Applicability to medico-legal practice in India of the biochemical tests for the origin of blood-stains - Number 39
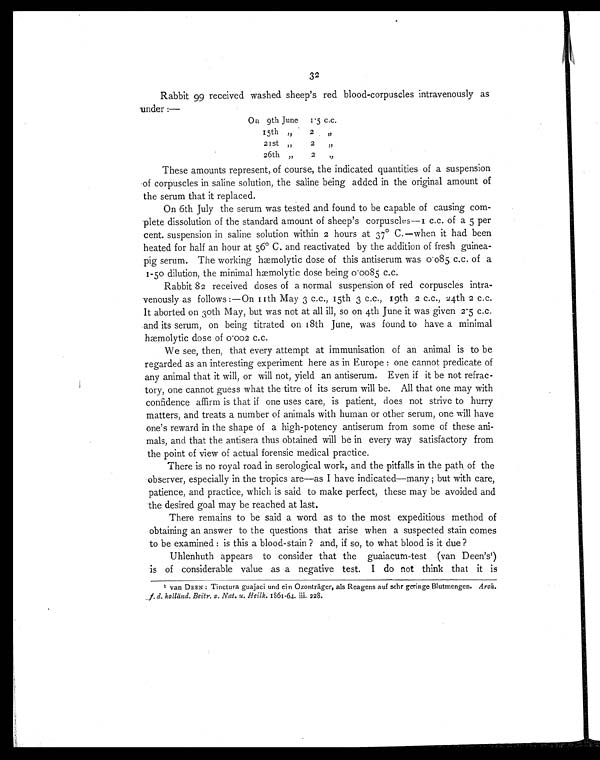
32
Rabbit 99 received washed sheep's red blood-corpuscles intravenously as
under :—
On 9th June
1.5 c.c.
15th " 2 "
21st "
2 "
26th "
2 "
These amounts represent, of course, the indicated quantities of a suspension
of corpuscles in saline solution, the saline being added in the original amount of
the serum that it replaced.
On 6th July the serum was tested and found to be capable of causing com-
plete dissolution of the standard amount of sheep's corpuscles—1 c.c. of a 5 per
cent. suspension in saline solution within 2 hours at 37° C.—when it had been
heated for half an hour at 56° C. and reactivated by the addition of fresh guinea-
pig serum. The working hemolytic dose of this antiserum was 0.085 c.c. of a
1-50 dilution, the minimal hæmolytic dose being 0.0085 c.c.
Rabbit 82 received doses of a normal suspension of red corpuscles intra-
venously as follows:—On 11th May 3 c.c., 15th 3 c.c., 19th 2 c.c., 24th 2 c.c.
It aborted on 30th May, but was not at all ill, so on 4th June it was given 2.5 c.c.
and its serum, on being titrated on 18th June, was found to have a minimal
hæmolytic dose of 0.002 c.c.
We see, then, that every attempt at immunisation of an animal is to be
regarded as an interesting experiment here as in Europe: one cannot predicate of
any animal that it will, or will not, yield an antiserum. Even if it be not refrac-
tory, one cannot guess what the titre of its serum will be. All that one may with
confidence affirm is that if one uses care, is patient, does not strive to hurry
matters, and treats a number of animals with human or other serum, one will have
one's reward in the shape of a high-potency antiserum from some of these ani-
mals, and that the antisera thus obtained will be in every way satisfactory from
the point of view of actual forensic medical practice.
There is no royal road in serological work, and the pitfalls in the path of the
observer, especially in the tropics are—as I have indicated—many; but with care,
patience, and practice, which is said to make perfect, these may be avoided and
the desired goal may be reached at last.
There remains to be said a word as to the most expeditious method of
obtaining an answer to the questions that arise when a suspected stain comes
to be examined: is this a blood-stain ? and, if so, to what blood is it due ?
Uhlenhuth appears to consider that the guaiacum-test (van Deen's1 )
is of considerable value as a negative test. I do not think that it is
1 van DEEN: Tinctura guajaci and ei n Ozonträger, als Reagens auf sehr geringe Blutmengen. Arch.
f. d. holländ. Beitr. z. Nat. u. Heilk. 1861-64. iii. 228.